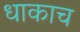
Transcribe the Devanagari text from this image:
धाकाच